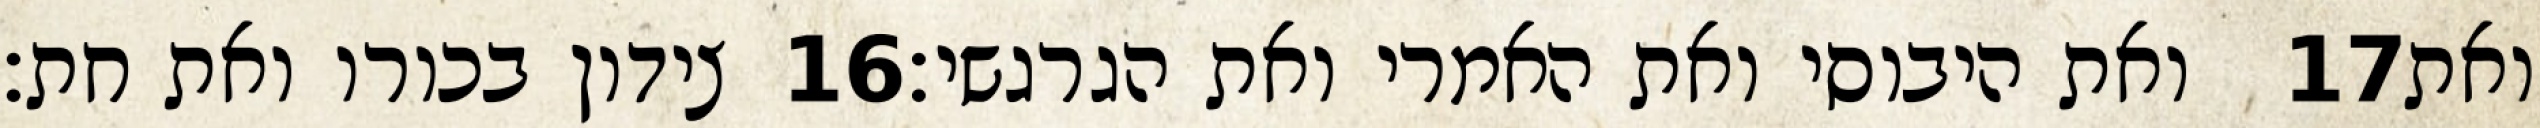
צידון בכורו ואת חת׃ ‎16‏ ואת היבוסי ואת האמרי ואת הגרגשי׃ ‎17‏ ואת